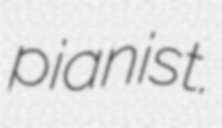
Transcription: pianist.